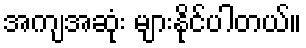
အကျအဆုံး များနိုင်ပါတယ်။